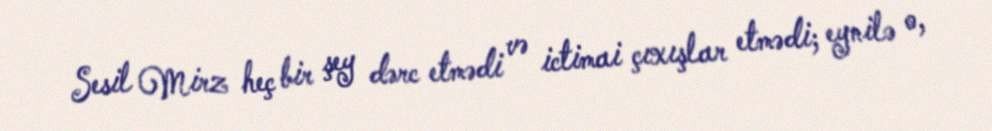
Sesil Mirz heç bir şey dərc etmədi və ictimai çıxışlar etmədi; eynilə o,